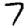
Digit: 7